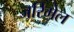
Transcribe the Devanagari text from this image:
जरिमेल